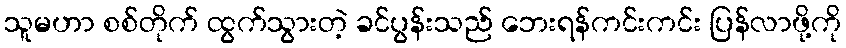
သူမဟာ စစ်တိုက် ထွက်သွားတဲ့ ခင်ပွန်းသည် ဘေးရန်ကင်းကင်း ပြန်လာဖို့ကို